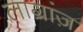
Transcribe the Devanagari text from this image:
लाग्रांज़